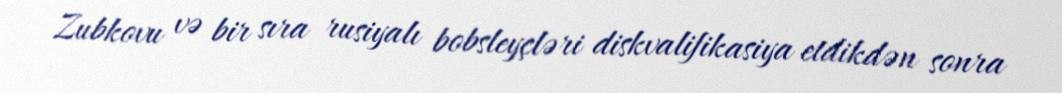
Zubkovu və bir sıra rusiyalı bobsleyçləri diskvalifikasiya etdikdən sonra